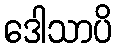
ဒေါသာပိ